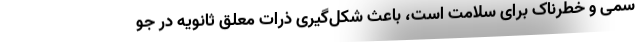
سمی و خطرناک برای سلامت است، باعث شکل‌گیری ذرات معلق ثانویه در جو